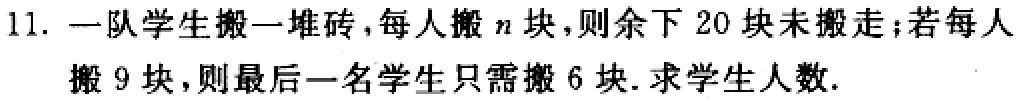
11. 一队学生搬一堆砖，每人搬\(n\)块，则余下 20 块未搬走；若每人搬 9 块，则最后一名学生只需搬 6 块. 求学生人数.